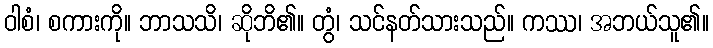
ဝါစံ၊ စကားကို။ ဘာသသိ၊ ဆိုဘိ၏။ တွံ၊ သင်နတ်သားသည်။ ကဿ၊ အဘယ်သူ၏။